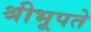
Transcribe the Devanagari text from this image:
श्रीभूपते